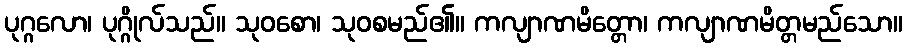
ပုဂ္ဂလော၊ ပုဂ္ဂိုလ်သည်။ သုဝစော၊ သုဝစမည်၏။ ကလျာဏမိတ္တော၊ ကလျာဏမိတ္တမည်သော။